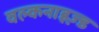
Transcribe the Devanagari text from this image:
वल्कनाइज़्ड